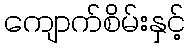
ကျောက်စိမ်းနှင့်